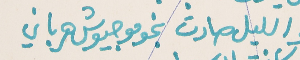
والليل صارت نجومو جيوش هرباني